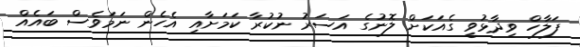
ފަލާހް ވިދާޅުވީ ގެއަކަށް ލޮނުގެ އަސަރު ނުކުރާ ކަމަށާއި އެހެން ނަމަވެސް ބައެއް